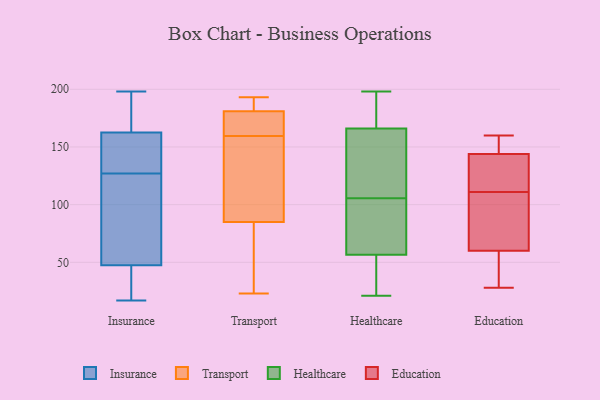
{"axis": {"x": "Website Visitors", "y": "Value"}, "legend": ["Education", "Healthcare", "Insurance", "Transport"], "data": [{"x": "", "y": 115, "type": "Insurance"}, {"x": "", "y": 17, "type": "Insurance"}, {"x": "", "y": 21, "type": "Insurance"}, {"x": "", "y": 157, "type": "Insurance"}, {"x": "", "y": 143, "type": "Insurance"}, {"x": "", "y": 138, "type": "Insurance"}, {"x": "", "y": 134, "type": "Insurance"}, {"x": "", "y": 120, "type": "Insurance"}, {"x": "", "y": 59, "type": "Insurance"}, {"x": "", "y": 190, "type": "Insurance"}, {"x": "", "y": 198, "type": "Insurance"}, {"x": "", "y": 30, "type": "Insurance"}, {"x": "", "y": 196, "type": "Insurance"}, {"x": "", "y": 168, "type": "Insurance"}, {"x": "", "y": 95, "type": "Insurance"}, {"x": "", "y": 45, "type": "Insurance"}, {"x": "", "y": 174, "type": "Insurance"}, {"x": "", "y": 33, "type": "Insurance"}, {"x": "", "y": 143, "type": "Insurance"}, {"x": "", "y": 50, "type": "Insurance"}, {"x": "", "y": 119, "type": "Transport"}, {"x": "", "y": 75, "type": "Transport"}, {"x": "", "y": 23, "type": "Transport"}, {"x": "", "y": 180, "type": "Transport"}, {"x": "", "y": 93, "type": "Transport"}, {"x": "", "y": 164, "type": "Transport"}, {"x": "", "y": 193, "type": "Transport"}, {"x": "", "y": 189, "type": "Transport"}, {"x": "", "y": 192, "type": "Transport"}, {"x": "", "y": 85, "type": "Transport"}, {"x": "", "y": 170, "type": "Transport"}, {"x": "", "y": 63, "type": "Transport"}, {"x": "", "y": 181, "type": "Transport"}, {"x": "", "y": 155, "type": "Transport"}, {"x": "", "y": 180, "type": "Healthcare"}, {"x": "", "y": 56, "type": "Healthcare"}, {"x": "", "y": 24, "type": "Healthcare"}, {"x": "", "y": 57, "type": "Healthcare"}, {"x": "", "y": 95, "type": "Healthcare"}, {"x": "", "y": 92, "type": "Healthcare"}, {"x": "", "y": 44, "type": "Healthcare"}, {"x": "", "y": 179, "type": "Healthcare"}, {"x": "", "y": 21, "type": "Healthcare"}, {"x": "", "y": 90, "type": "Healthcare"}, {"x": "", "y": 195, "type": "Healthcare"}, {"x": "", "y": 116, "type": "Healthcare"}, {"x": "", "y": 198, "type": "Healthcare"}, {"x": "", "y": 153, "type": "Healthcare"}, {"x": "", "y": 118, "type": "Healthcare"}, {"x": "", "y": 121, "type": "Healthcare"}, {"x": "", "y": 160, "type": "Education"}, {"x": "", "y": 149, "type": "Education"}, {"x": "", "y": 42, "type": "Education"}, {"x": "", "y": 160, "type": "Education"}, {"x": "", "y": 58, "type": "Education"}, {"x": "", "y": 124, "type": "Education"}, {"x": "", "y": 28, "type": "Education"}, {"x": "", "y": 111, "type": "Education"}, {"x": "", "y": 131, "type": "Education"}, {"x": "", "y": 53, "type": "Education"}, {"x": "", "y": 138, "type": "Education"}, {"x": "", "y": 146, "type": "Education"}, {"x": "", "y": 98, "type": "Education"}, {"x": "", "y": 91, "type": "Education"}, {"x": "", "y": 66, "type": "Education"}]}